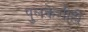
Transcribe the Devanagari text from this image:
पुलकेशीही